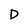
Character: D